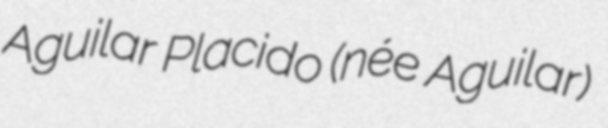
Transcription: Aguilar Placido (née Aguilar)